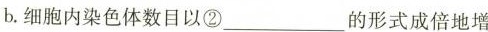
b.细胞内染色体数目以②___的形式成倍地增